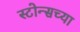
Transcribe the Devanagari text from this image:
स्टोन्सच्या